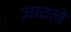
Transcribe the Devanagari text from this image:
जळले